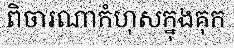
ពិចារណាកំហុសក្នុងគុក